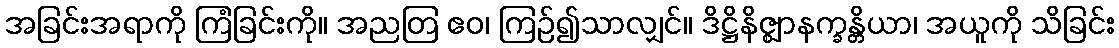
အခြင်းအရာကို ကြံခြင်းကို။ အညတြ ဧဝ၊ ကြဉ်၍သာလျှင်။ ဒိဋ္ဌိနိဇ္ဈာနက္ခန္တိယာ၊ အယူကို သိခြင်း